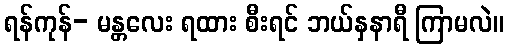
ရန်ကုန်- မန္တလေး ရထား စီးရင် ဘယ်နှနာရီ ကြာမလဲ။